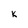
Character: k